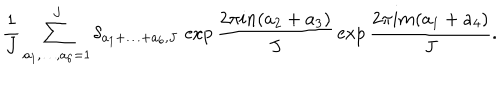
LaTeX: \frac { 1 } { J } \sum _ { a _ { 1 } , \ldots , a _ { 6 } = 1 } ^ { J } \delta _ { a _ { 1 } + \ldots + a _ { 6 } , J } \, \exp \frac { 2 \pi i n ( a _ { 2 } + a _ { 3 } ) } { J } \, \exp \frac { 2 \pi i m ( a _ { 1 } + a _ { 4 } ) } { J } .